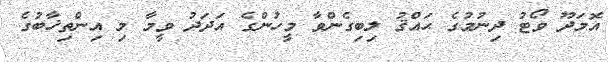
އޮމަދޫ ވޯޓު ދިނުމުގެ ޙައްޤު ލިބިގެންވާ މީހުންގެ އަދަދު ވީމާ މި އިންތިޚާބުގެ